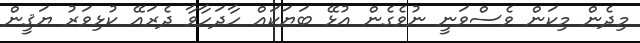
މިދެން މިކަން ވެސްވަނީ ނުވެގެން އުޅޭ ބަޔަކައް ހާދަހާވާ ދެރައޭ ކުޅިވަރު ޔަޤީން